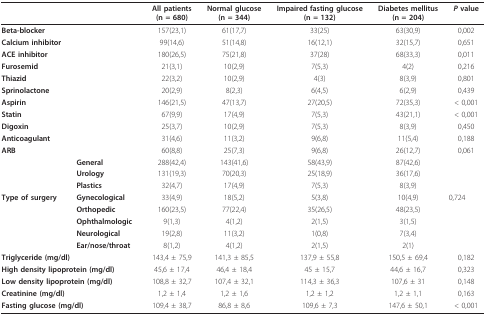
<table><thead><tr><td></td><td></td><td><b>All patients(n = 680)</b></td><td><b>Normal glucose(n = 344)</b></td><td><b>Impaired fasting glucose(n = 132)</b></td><td><b>Diabetes mellitus(n = 204)</b></td><td><b><i>P </i>value</b></td></tr></thead><tbody><tr><td><b>Beta-blocker</b></td><td></td><td>157(23,1)</td><td>61(17,7)</td><td>33(25)</td><td>63(30,9)</td><td>0,002</td></tr><tr><td><b>Calcium inhibitor</b></td><td></td><td>99(14,6)</td><td>51(14,8)</td><td>16(12,1)</td><td>32(15,7)</td><td>0,651</td></tr><tr><td><b>ACE inhibitor</b></td><td></td><td>180(26,5)</td><td>75(21,8)</td><td>37(28)</td><td>68(33,3)</td><td>0,011</td></tr><tr><td><b>Furosemid</b></td><td></td><td>21(3,1)</td><td>10(2,9)</td><td>7(5,3)</td><td>4(2)</td><td>0,216</td></tr><tr><td><b>Thiazid</b></td><td></td><td>22(3,2)</td><td>10(2,9)</td><td>4(3)</td><td>8(3,9)</td><td>0,801</td></tr><tr><td><b>Sprinolactone</b></td><td></td><td>20(2,9)</td><td>8(2,3)</td><td>6(4,5)</td><td>6(2,9)</td><td>0,439</td></tr><tr><td><b>Aspirin</b></td><td></td><td>146(21,5)</td><td>47(13,7)</td><td>27(20,5)</td><td>72(35,3)</td><td>&lt; 0,001</td></tr><tr><td><b>Statin</b></td><td></td><td>67(9,9)</td><td>17(4,9)</td><td>7(5,3)</td><td>43(21,1)</td><td>&lt; 0,001</td></tr><tr><td><b>Digoxin</b></td><td></td><td>25(3,7)</td><td>10(2,9)</td><td>7(5,3)</td><td>8(3,9)</td><td>0,450</td></tr><tr><td><b>Anticoagulant</b></td><td></td><td>31(4,6)</td><td>11(3,2)</td><td>9(6,8)</td><td>11(5,4)</td><td>0,188</td></tr><tr><td><b>ARB</b></td><td></td><td>60(8,8)</td><td>25(7,3)</td><td>9(6,8)</td><td>26(12,7)</td><td>0,061</td></tr><tr><td></td><td><b>General</b></td><td>288(42,4)</td><td>143(41,6)</td><td>58(43,9)</td><td>87(42,6)</td><td></td></tr><tr><td></td><td><b>Urology</b></td><td>131(19,3)</td><td>70(20,3)</td><td>25(18,9)</td><td>36(17,6)</td><td></td></tr><tr><td></td><td><b>Plastics</b></td><td>32(4,7)</td><td>17(4,9)</td><td>7(5,3)</td><td>8(3,9)</td><td></td></tr><tr><td><b>Type of surgery</b></td><td><b>Gynecological</b></td><td>33(4,9)</td><td>18(5,2)</td><td>5(3,8)</td><td>10(4,9)</td><td>0,724</td></tr><tr><td></td><td><b>Orthopedic</b></td><td>160(23,5)</td><td>77(22,4)</td><td>35(26,5)</td><td>48(23,5)</td><td></td></tr><tr><td></td><td><b>Ophthalmologic</b></td><td>9(1,3)</td><td>4(1,2)</td><td>2(1,5)</td><td>3(1,5)</td><td></td></tr><tr><td></td><td><b>Neurological</b></td><td>19(2,8)</td><td>11(3,2)</td><td>1(0,8)</td><td>7(3,4)</td><td></td></tr><tr><td></td><td><b>Ear/nose/throat</b></td><td>8(1,2)</td><td>4(1,2)</td><td>2(1,5)</td><td>2(1)</td><td></td></tr><tr><td colspan="2"><b>Triglyceride (mg/dl)</b></td><td>143,4 ± 75,9</td><td>141,3 ± 85,5</td><td>137,9 ± 55,8</td><td>150,5 ± 69,4</td><td>0,182</td></tr><tr><td colspan="2"><b>High density lipoprotein (mg/dl)</b></td><td>45,6 ± 17,4</td><td>46,4 ± 18,4</td><td>45 ± 15,7</td><td>44,6 ± 16,7</td><td>0,323</td></tr><tr><td colspan="2"><b>Low density lipoprotein (mg/dl)</b></td><td>108,8 ± 32,7</td><td>107,4 ± 32,1</td><td>114,3 ± 36,3</td><td>107,6 ± 31</td><td>0,148</td></tr><tr><td colspan="2"><b>Creatinine (mg/dl)</b></td><td>1,2 ± 1,4</td><td>1,2 ± 1,6</td><td>1,2 ± 1,2</td><td>1,2 ± 1,1</td><td>0,163</td></tr><tr><td colspan="2"><b>Fasting glucose (mg/dl)</b></td><td>109,4 ± 38,7</td><td>86,8 ± 8,6</td><td>109,6 ± 7,3</td><td>147,6 ± 50,1</td><td>&lt; 0,001</td></tr></tbody></table>